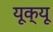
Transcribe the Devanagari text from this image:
यूक्यू